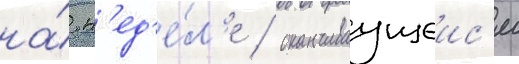
на́ н'ед'е́л'е / оканчиваущеис'я